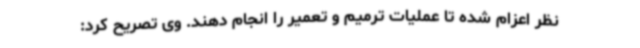
نظر اعزام شده تا عملیات ترمیم و تعمیر را انجام دهند. وی تصریح کرد: